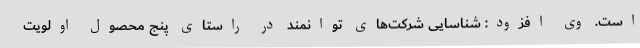
است. وی افزود: شناسایی شرکت‌های توانمند در راستای پنج محصول اولویت